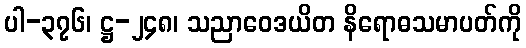
ပါ-၃၇၆၊ ဋ္ဌ-၂၄၈၊ သညာဝေဒယိတ နိရောဓသမာပတ်ကို